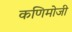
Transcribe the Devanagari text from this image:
कणिमोजी